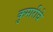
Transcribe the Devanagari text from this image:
कुमारीचे